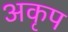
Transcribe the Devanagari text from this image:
अकृप